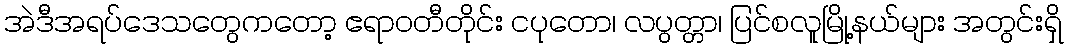
အဲဒီအရပ်ဒေသတွေကတော့ ဧရာဝတီတိုင်း ငပုတော၊ လပွတ္တာ၊ ပြင်စလူမြို့နယ်များ အတွင်းရှိ